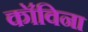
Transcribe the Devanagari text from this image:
कॉविना